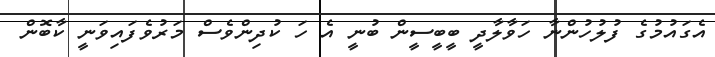
އެގައުމުގެ ފުލުހުންނާ ހަވާލާދީ ބީބީސީން ބުނީ އެ ހަ ކުދިންވެސް މަރުވެފައިވަނީ ކާބޮން